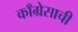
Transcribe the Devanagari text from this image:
काँग्रेसाची